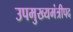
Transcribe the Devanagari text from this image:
उपमुख्यमंत्रीपद